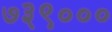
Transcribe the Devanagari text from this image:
७३९०००